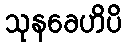
သုနခေဟိပိ